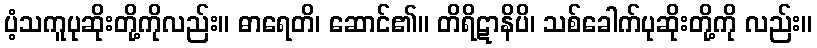
ပံ့သကူပုဆိုးတို့ကိုလည်း။ ဓာရေတိ၊ ဆောင်၏။ တိရိဋာနိပိ၊ သစ်ခေါက်ပုဆိုးတို့ကို လည်း။